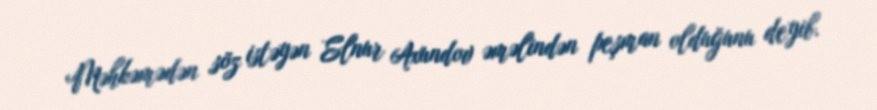
Məhkəmədən söz istəyən Elnur Axundov əməlindən peşman olduğunu deyib.